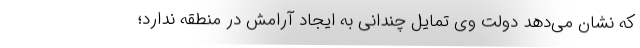
که نشان می­دهد دولت وی تمایل چندانی به ایجاد آرامش در منطقه ندارد؛